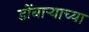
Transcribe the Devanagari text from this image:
डोंबार्‍याच्या